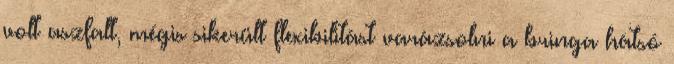
volt aszfalt, mégis sikerült flexibilitást varázsolni a bringa hátsó